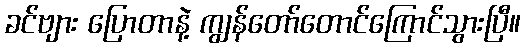
ခင်ဗျား ပြောတာနဲ့ ကျွန်တော်တောင်ကြောင်သွားပြီ။